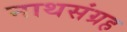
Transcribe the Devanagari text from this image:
नाथसंग्रह